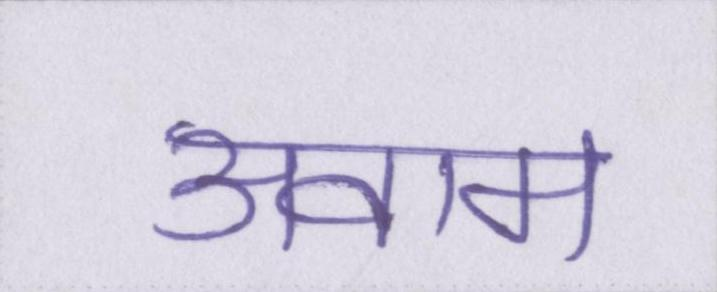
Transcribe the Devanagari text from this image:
अवाम